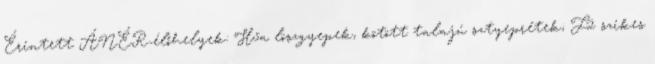
Érintett ÁNÉR-élőhelyek: H5a löszgyepek, kötött talajú sztyeprétek; F2 szikes